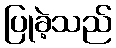
ပြုခဲ့သည်